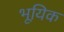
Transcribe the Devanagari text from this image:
भूयिक